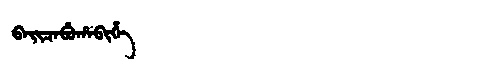
Manchu: ᠪᠠᡳᠴᠠᠪᡠᡥᠠᠪᡳᡥᡝ
Romanization: BAICABUHABIHE